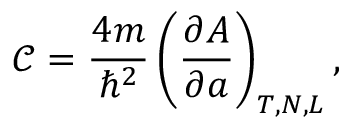
\mathcal { C } = \frac { 4 m } { \hbar ^ { 2 } } \left( \frac { \partial A } { \partial a } \right) _ { T , N , L } ,